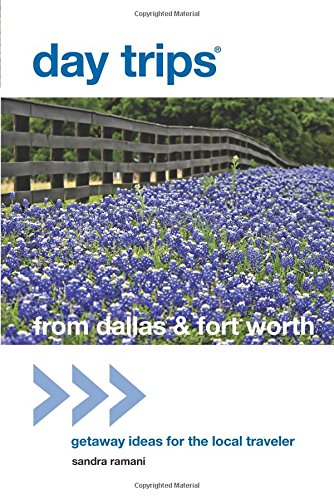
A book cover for Day TripsÂ® from Dallas & Fort Worth: Getaway Ideas For The Local Traveler (Day Trips Series); Sandra Dr Ramani; Travel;